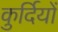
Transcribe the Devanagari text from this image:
कुर्दियों